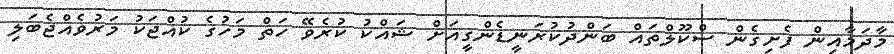
މާދަމާއިން ފެށިގެން ސްކޫލްތައް ބަންދުކުރަނީޑެންގީއަށް ޝައްކު ކުރެވޭ ހަތް މަހުގެ ކުއްޖަކު މަރުވެއްޖެބަލި